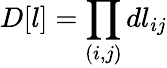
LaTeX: D[l]=\prod_{(i,j)}dl_{ij}